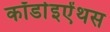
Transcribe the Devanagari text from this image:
कॉर्डाइऐंथस